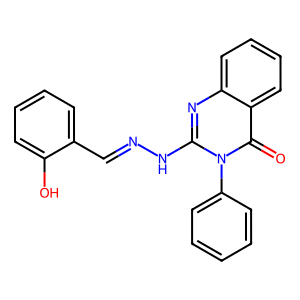
SMILES: O=c1c2ccccc2nc(NN=Cc2ccccc2O)n1-c1ccccc1
Inhibits HIV replication: No